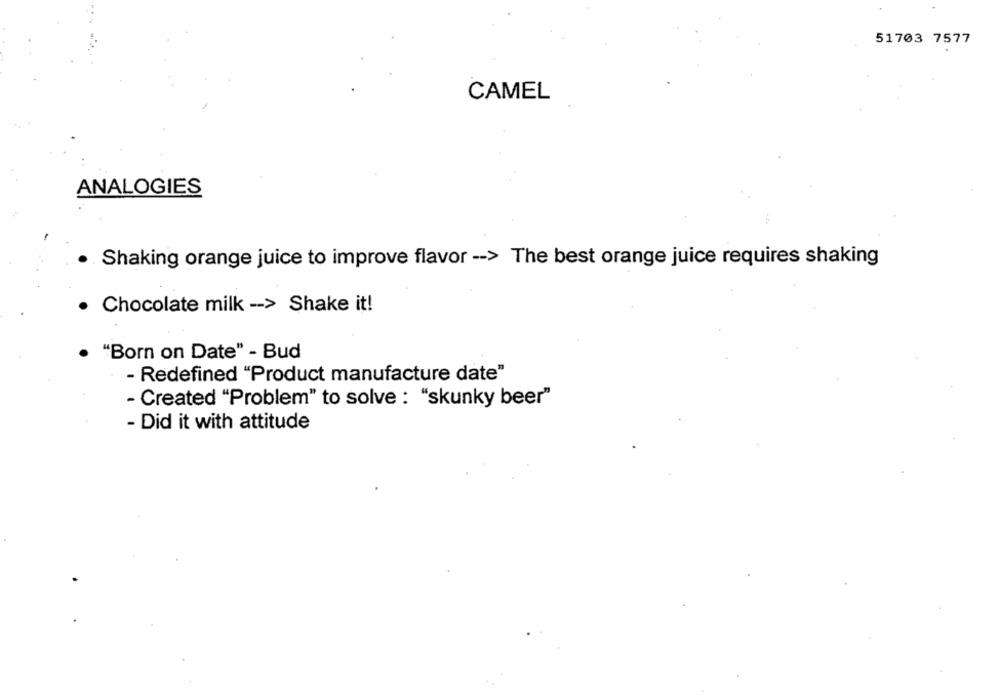
51703 7577
CAMEL
ANALOGIES
Shaking orange juice to improve flavor -- > The best orange juice requires shaking
· Chocolate milk -- > Shake it!
· "Born on Date" - Bud
- Redefined "Product manufacture date"
- Created "Problem" to solve : "skunky beer"
- Did it with attitude